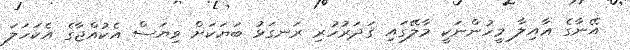
އޭނާގެ ޢާއިލާ މީހުންނަކީ މާލޭގައި ޤަދަރުހުރި ރަނގަޅު ބަޔަކަށް ވިޔަސް އެކުއްޖާގެ އެކަހަލަ